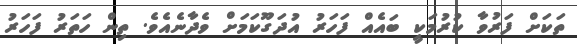
ތަކަށް ފަރުވާ ކުރުމަކީ ބައެއް ފަހަރު އުދަގޫކަމަށް ވެދާނެއެވެ. ތިން ހަތަރު ފަހަރު